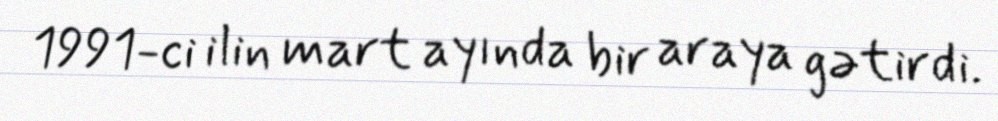
1991-ci ilin mart ayında bir araya gətirdi.